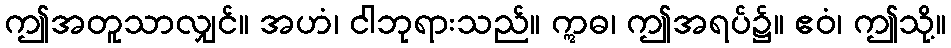
ဤအတူသာလျှင်။ အဟံ၊ ငါဘုရားသည်။ ဣဓ၊ ဤအရပ်၌။ ဧဝံ၊ ဤသို့။